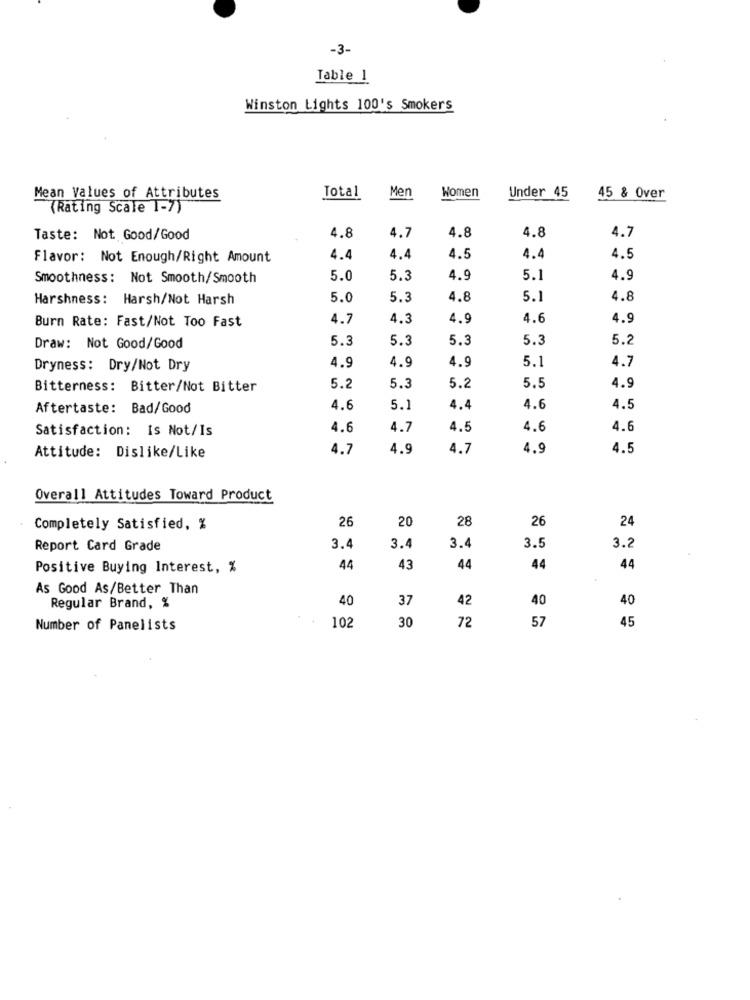
-3-
Table 1
Winston Lights 100's Smokers
Men
Women
Mean Values of Attributes
Total
Under 45
45 & Over
(Rating Scale 1-7)
4.8
4.7
4.8
4.8
4.7
Taste: Not Good/Good
Flavor: Not Enough/Right Amount
4.4
4.4
4.5
4.4
4.5
Smoothness: Not Smooth/Smooth
5.0
5.3
4.9
5.1
4.9
Harshness: Harsh/Not Harsh
5.0
5.3
4.8
5.1
4.8
Burn Rate: Fast/Not Too Fast
4.7
4.3
4.9
4.6
4.9
5.3
5.3
5.3
5.3
5.2
Draw: Not Good/Good
5.1
4.7
Dryness: Dry/Not Dry
4.9
4.9
4.9
Bitterness: Bitter/Not Bitter
5.2
5.3
5.2
5.5
4.9
Aftertaste: Bad/Good
4.6
5.1
4.4
4.6
4.5
Satisfaction: Is Not/Is
4.6
4.7
4.5
4.6
4.6
4.7
4.9
4.7
4.9
4.5
Attitude: Dislike/Like
Overall Attitudes Toward Product
26
20
28
26
24
Completely Satisfied, %
Report Card Grade
3.4
3.4
3.
3.5
3.2
Positive Buying Interest, %
44
43
44
44
44
As Good As/Better Than
40
37
42
40
40
Regular Brand, %
102
72
Number of Panelists
30
57
45